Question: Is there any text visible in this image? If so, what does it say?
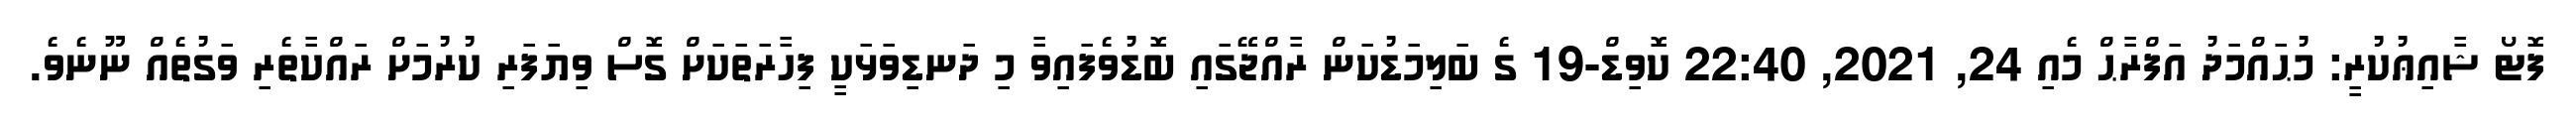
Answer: ފޮޓޯ ޝާއިޢުކުރީ: މުޙައްމަދު އަފްރާޙް މެއި 24, 2021, 22:40 ކޮވިޑް-19 ގެ ބަލިމަޑުކަން ރާއްޖޭގައި ބޮޑުވެފައިވާ މި ދަނޑިވަޅަކީ ފިހާރަތަކަށް ގޮސް ވިޔަފަރި ކުރުމަށް ރައްކާތެރި ވަގުތެއް ނޫނެވެ.